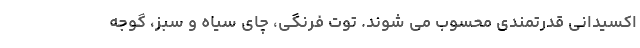
اکسیدانی قدرتمندی محسوب می شوند. توت فرنگی، چای سیاه و سبز، گوجه